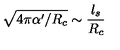
\sqrt { 4 \pi \alpha ^ { \prime } / R _ { c } } \sim \frac { l _ { s } } { R _ { c } }